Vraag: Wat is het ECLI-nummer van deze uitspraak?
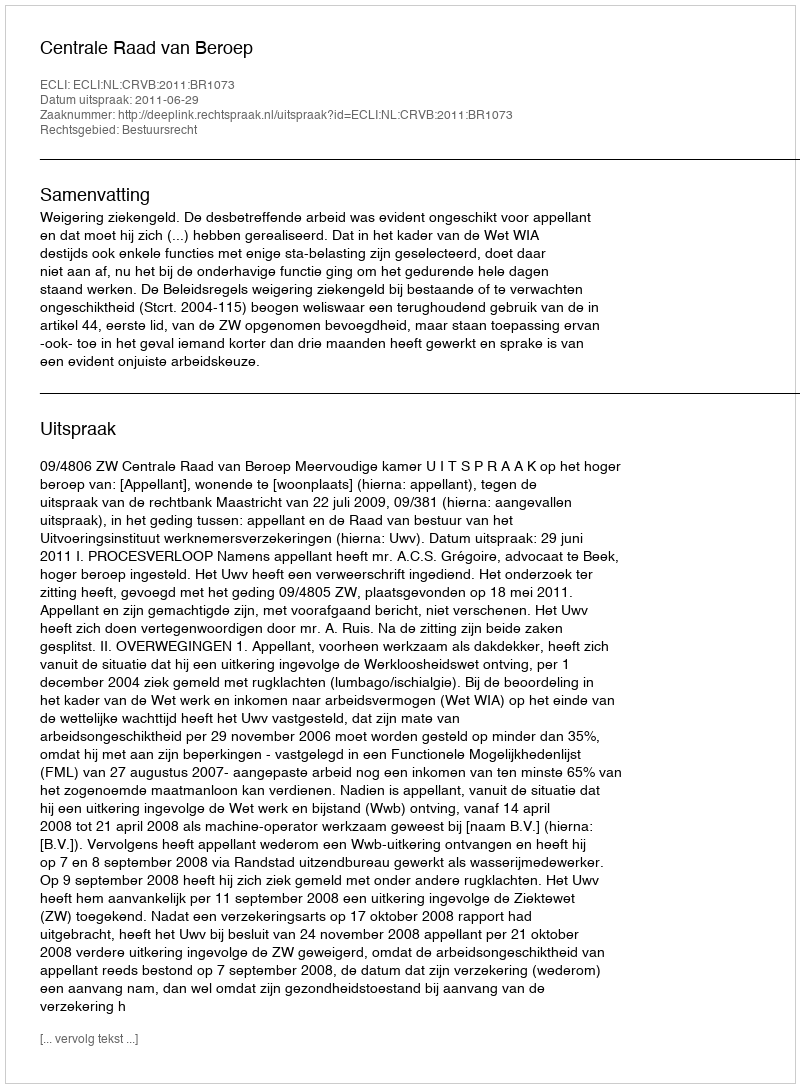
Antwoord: ECLI:NL:CRVB:2011:BR1073